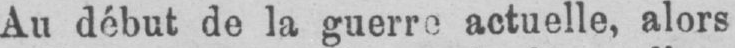
Au début de la guerre actuelle, alors